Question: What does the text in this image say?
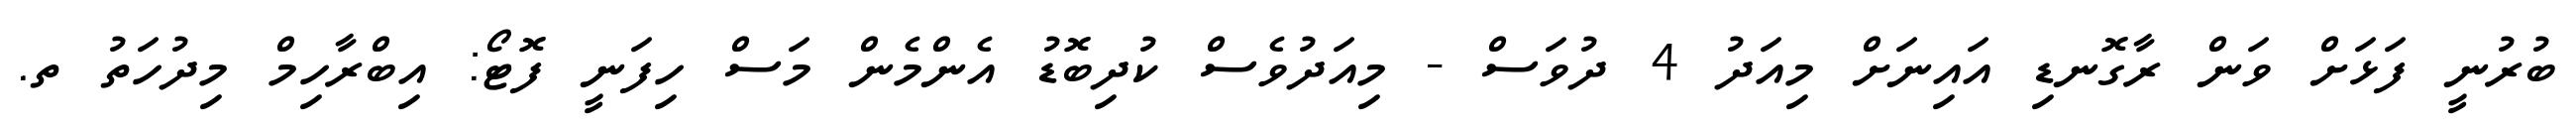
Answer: ބުރުނީ ފަޅަށް ވަން ރާގޮނޑި އައިނަށް މިއަދު 4 ދުވަސް - މިއަދުވެސް ކުދިބޮޑު އެންމެން މަސް ހިފަނީ ފޮޓޯ: އިބްރާހިމް މިދުހަތު ތ.